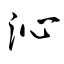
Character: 沁